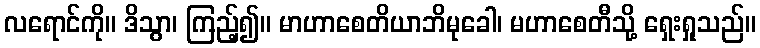
လရောင်ကို။ ဒိသွာ၊ ကြည့်၍။ မာဟာစေတိယာဘိမုခေါ၊ မဟာစေတီသို့ ရှေးရှုသည်။